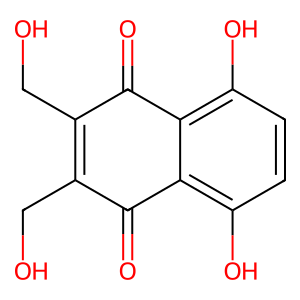
SMILES: O=C1C(CO)=C(CO)C(=O)c2c(O)ccc(O)c21
Inhibits HIV replication: No